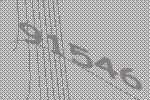
91546